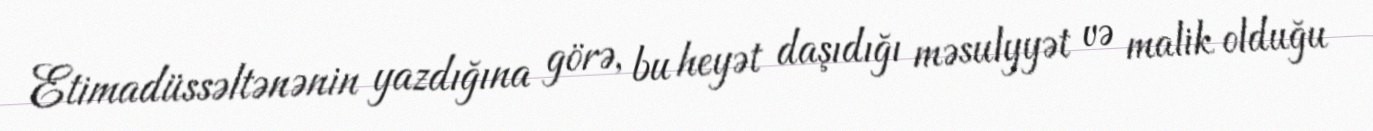
Etimadüssəltənənin yazdığına görə, bu heyət daşıdığı məsulyyət və malik olduğu